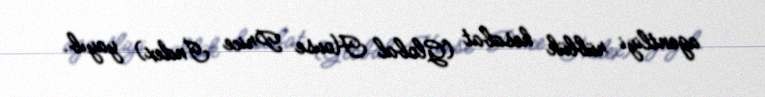
agentliyi rüblük hesabat (Global House Price İndex) yayıb.